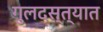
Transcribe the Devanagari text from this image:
गुलदस्त्यात